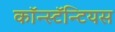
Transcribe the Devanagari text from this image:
कॉन्स्टॅन्टियस